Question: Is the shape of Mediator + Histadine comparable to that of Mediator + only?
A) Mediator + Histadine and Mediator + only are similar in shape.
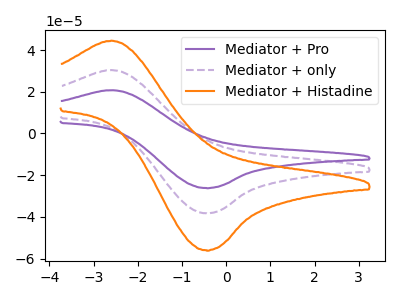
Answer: <think>The purple curve "Mediator + Pro" has an anodic peak at (-2.60V, 60.80uA) and a cathodic peak at (-0.45V, -76.50uA). The purple dashed curve "Mediator + only" has an anodic peak at (-2.60V, 30.40uA) and a cathodic peak at (-0.45V, -38.25uA). The orange curve "Mediator + Histadine" has an anodic peak at (-2.60V, 44.50uA) and a cathodic peak at (-0.45V, -55.95uA).
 All the peaks in "Mediator + Histadine" have a peak in "Mediator + only" at the same potential. Every peak in "Mediator + Histadine" is higher than every peak in "Mediator + only".</think>
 <answer>A) "Mediator + Histadine" and "Mediator + only" are similar in shape.</answer>
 <eval>A</eval>